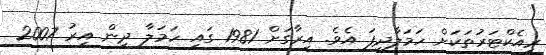
ރިއެކްޓަރުތަކަށް ހަމަލާދީފަ އެވެ. އިރާގަށް 1981 ގައި ހަމަލާ ދިން އިރު 2007